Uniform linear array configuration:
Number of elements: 8
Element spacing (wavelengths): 0.75
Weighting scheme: binomial
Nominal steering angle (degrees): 30
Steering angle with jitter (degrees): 30.368
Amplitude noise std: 0.05
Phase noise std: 0.05

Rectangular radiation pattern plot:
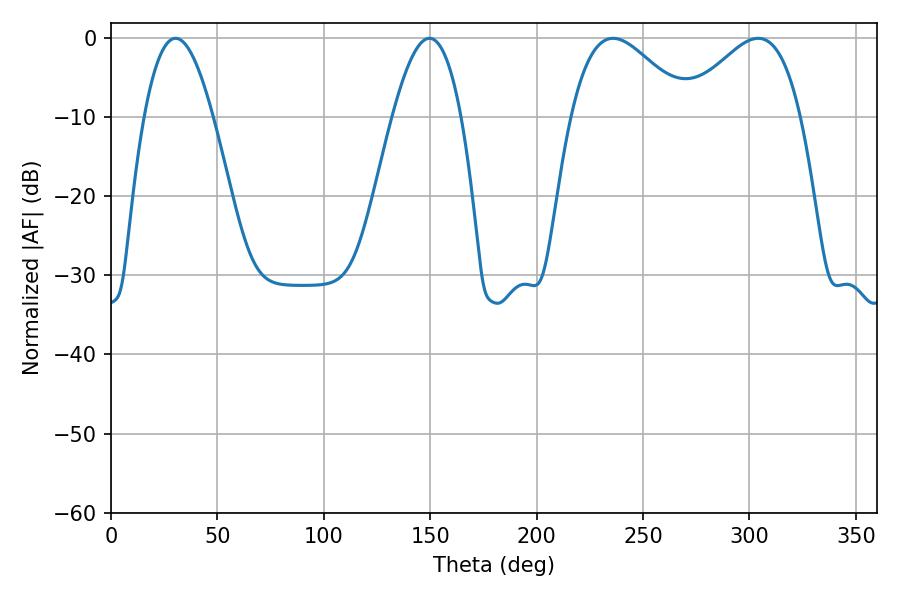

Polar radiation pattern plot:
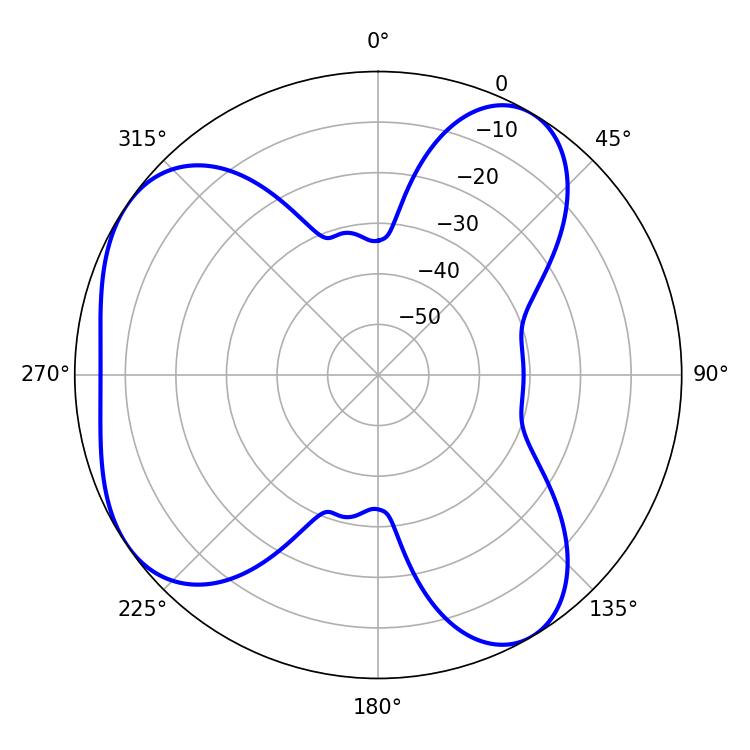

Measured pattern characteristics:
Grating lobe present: TRUE
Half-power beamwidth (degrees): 29.7
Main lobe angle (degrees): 235.98